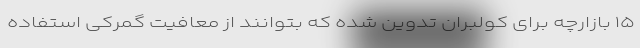
۱۵ بازارچه برای کولبران تدوین شده که بتوانند از معافیت گمرکی استفاده